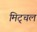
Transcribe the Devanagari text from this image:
मिट्चल